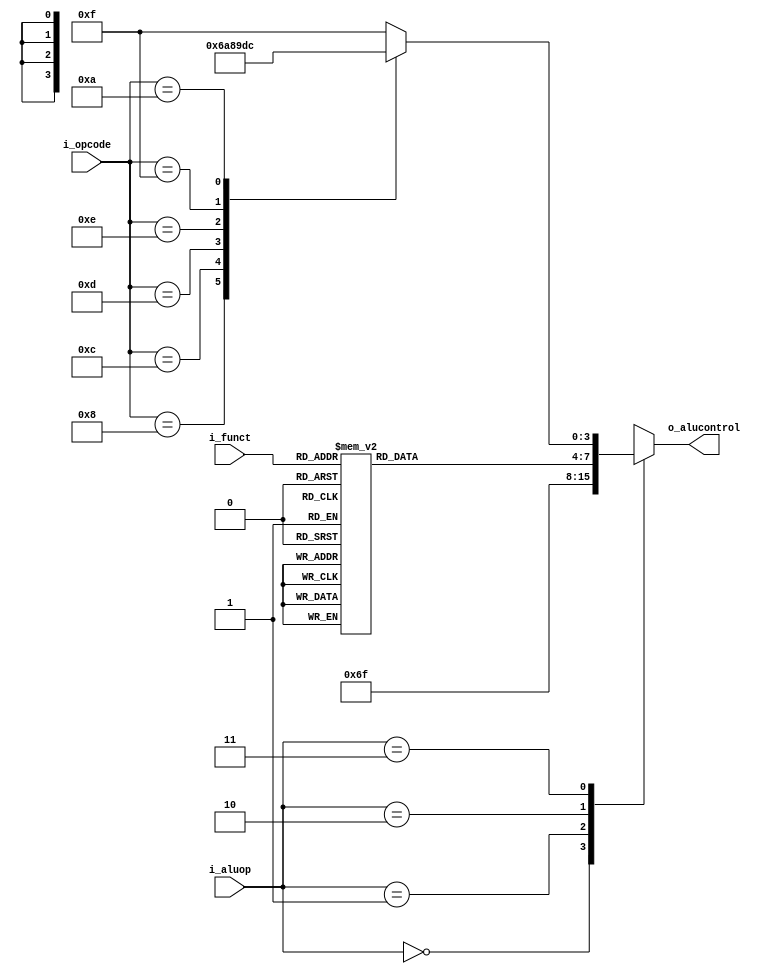
`timescale 1ns / 1ps
//////////////////////////////////////////////////////////////////////////////////
// Company: UNC FCEFyN
// 
// Design Name: 
// Module Name: ALU_CONTROL
// Project Name: MIPS
// Target Devices: 
// Tool Versions: 
// Description: 
// 
// Dependencies: 
// 
// Revision:
// Revision 0.01 - File Created
// Additional Comments:
// 
//////////////////////////////////////////////////////////////////////////////////


module ALU_CONTROL
    #(  //PARAMETERS
        parameter             SIZEOP = 6
    )
    (   //INPUTS
        input [1:0]           i_aluop,
        input [SIZEOP - 1:0]  i_opcode,
        input [SIZEOP- 1:0]   i_funct,
        //OUTPUTS
        output [3:0]          o_alucontrol
    );

     //OPERATIONS
     //R-TYPE
     localparam [SIZEOP - 1:0]     SLL  = 6'b000000;
     localparam [SIZEOP - 1:0]     SRL  = 6'b000010;
     localparam [SIZEOP - 1:0]     SRA  = 6'b000011;
     localparam [SIZEOP - 1:0]     SLLV = 6'b000100;
     localparam [SIZEOP - 1:0]     SRLV = 6'b000110;
     localparam [SIZEOP - 1:0]     SRAV = 6'b000111;
     localparam [SIZEOP - 1:0]     ADDU = 6'b100001;
     localparam [SIZEOP - 1:0]     SUBU = 6'b100011;
     localparam [SIZEOP - 1:0]     OR   = 6'b100101;
     localparam [SIZEOP - 1:0]     XOR  = 6'b100110;
     localparam [SIZEOP - 1:0]     AND  = 6'b100100;
     localparam [SIZEOP - 1:0]     NOR  = 6'b100111;
     localparam [SIZEOP - 1:0]     SLT  = 6'b101010;
     // J-TYPE
     localparam [SIZEOP - 1:0]     JR   = 6'b001000;
     localparam [SIZEOP - 1:0]     JALR = 6'b001001;
     //I-TYPE
     localparam [SIZEOP - 1:0]     ADDI = 6'b001000;
     localparam [SIZEOP - 1:0]     ANDI = 6'b001100;
     localparam [SIZEOP - 1:0]     ORI  = 6'b001101;
     localparam [SIZEOP - 1:0]     XORI = 6'b001110;
     localparam [SIZEOP - 1:0]     LUI  = 6'b001111;
     localparam [SIZEOP - 1:0]     SLTI = 6'b001010;
     //NOP y HALT
     localparam [SIZEOP - 1:0]     NOP  = 6'b111000;
     localparam [SIZEOP - 1:0]     HALT = 6'b111111;

     reg [3:0] alucontrol;

     assign o_alucontrol = alucontrol;

     always @(*) begin
       case (i_aluop)
           //LW Y SW
          2'b00:              alucontrol = 4'b0110;          
           //BEQ Y BNE
          2'b01:              alucontrol = 4'b1111;  
           //R-TYPE 
          2'b10: begin
               case (i_funct)
                   SLL:       alucontrol = 4'b0000;
                   SRL:       alucontrol = 4'b0001;                   
                   SRA:       alucontrol = 4'b0010;                   
                   SLLV:      alucontrol = 4'b0011;                   
                   SRLV:      alucontrol = 4'b0100;                   
                   SRAV:      alucontrol = 4'b0101;                   
                   ADDU:      alucontrol = 4'b0110;                   
                   SUBU:      alucontrol = 4'b0111;                   
                   OR:        alucontrol = 4'b1000;                   
                   XOR:       alucontrol = 4'b1001;                    
                   AND:       alucontrol = 4'b1010;                   
                   NOR:       alucontrol = 4'b1011;                  
                   SLT:       alucontrol = 4'b1100;                   
                   default:   alucontrol = 4'b1111; // invalido
               endcase              
          end 
          //I_TYPE
          2'b11: begin
               case (i_opcode)
                    ADDI:     alucontrol = 4'b0110;                   
                    ANDI:     alucontrol = 4'b1010;                   
                    ORI:      alucontrol = 4'b1000;                   
                    XORI:     alucontrol = 4'b1001;                   
                    LUI:      alucontrol = 4'b1101;                  
                    SLTI:     alucontrol = 4'b1100;      
                    NOP:      alucontrol = 4'b1111;      
                    HALT:     alucontrol = 4'b1111;      
                    default:  alucontrol = 4'b1111; //invalido
               endcase
           end
          //no contemplado
          default:            alucontrol = 4'b1111; //invalido
          endcase
     end
endmodule